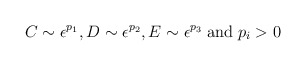
\begin{align*}C \sim \epsilon^{p_{1}}, D \sim \epsilon^{p_{2}}, E \sim \epsilon^{p_{3}} \; \mbox{and} \; p_{i} > 0\end{align*}